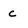
Character: c